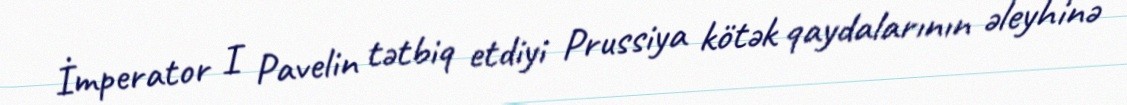
İmperator I Pavelin tətbiq etdiyi Prussiya kötək qaydalarının əleyhinə